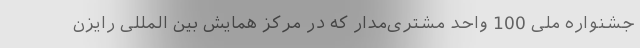
جشنواره ملی 100 واحد مشتری‌مدار که در مرکز همایش بین المللی رایزن